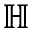
\mathbb { H }